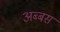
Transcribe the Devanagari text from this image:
अब्बस